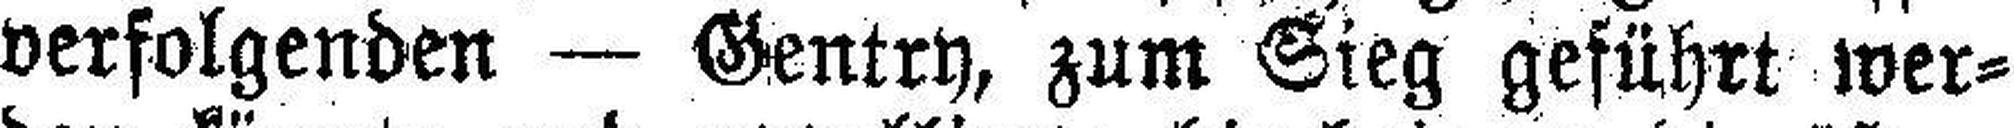
verfolgenden — Gentry, zum Sieg geführt wer¬